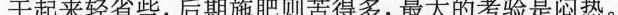
干起来轻省些，后期施肥则苦得多，最大的考验是闷热。